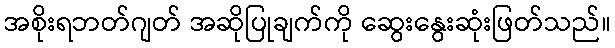
အစိုးရဘတ်ဂျတ် အဆိုပြုချက်ကို ဆွေးနွေးဆုံးဖြတ်သည်။